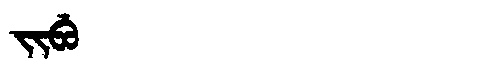
Manchu: ᠵᡳᠪᡠ
Romanization: JIBU